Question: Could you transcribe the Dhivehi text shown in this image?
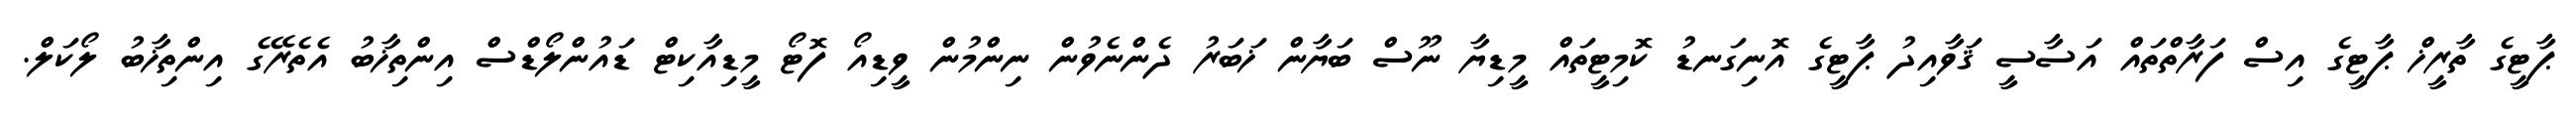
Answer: ޕާޓީގެ ތާރީޚް ޕާޓީގެ އިސް ފަރާތްތައް އަސާސީ ޤަވާއިދު ޕާޓީގެ އޮނިގަނޑު ކޮމިޓީތައް މީޑިޔާ ނޫސް ބަޔާން ޚަބަރު ދެންނެވުން ނިންމުން ވީޑިއޯ ފޮޓޯ މީޑިއާކިޓް ޑައުންލޯޑްސް އިންތިޚާބު އެތެރޭގެ އިންތިޚާބު ލޯކަލް.